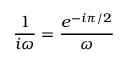
{ \frac { 1 } { i \omega } } = { \frac { e ^ { - i \pi / 2 } } { \omega } }